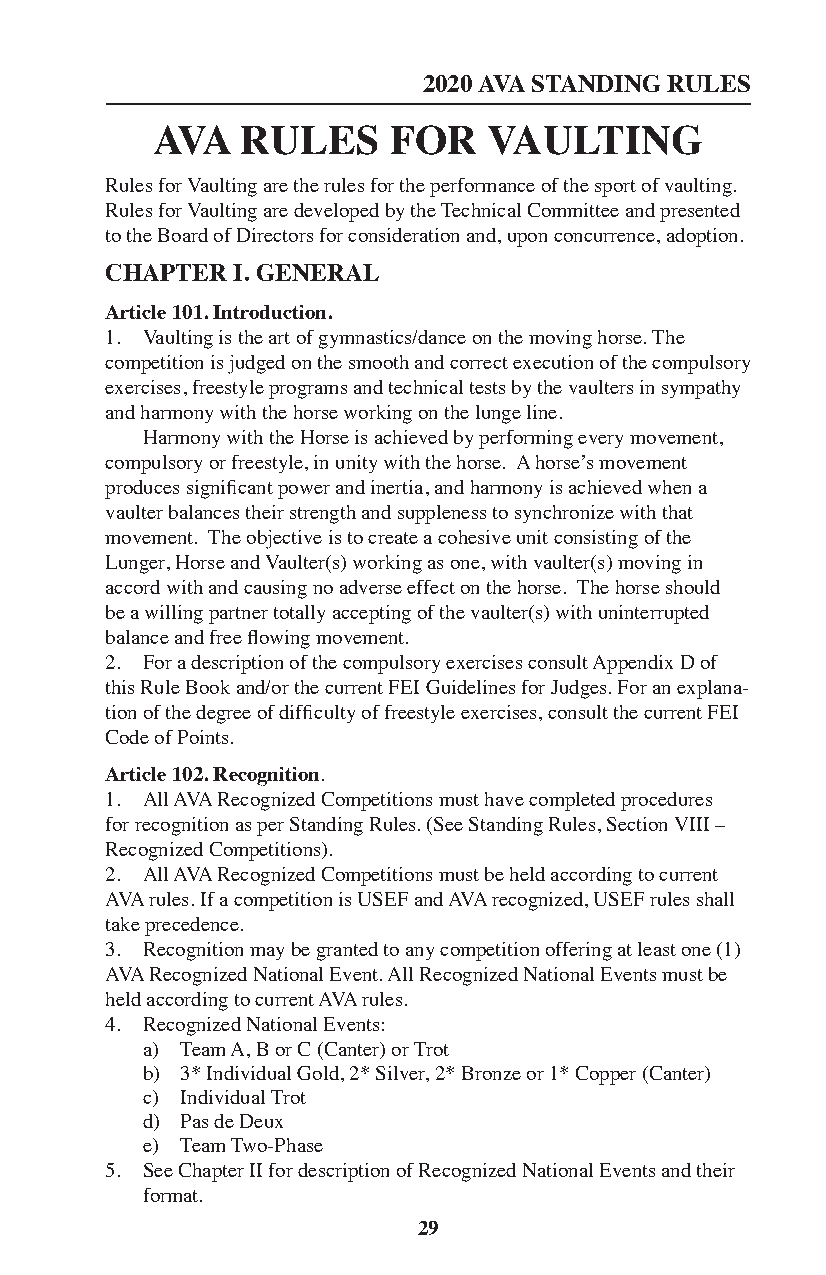
2020 AVA STANDING RULES
 AVA   RULES     FOR   VAULTING
 Rules for Vaulting are the rules for the performance of the sport of vaulting.
 Rules for Vaulting are developed by the Technical Committee and presented
 to the Board of Directors for consideration and, upon concurrence, adoption.
 CHAPTER I. GENERAL
 Article 101. Introduction.
 1. Vaulting is the art of gymnastics/dance on the moving horse. The
 competition is judged on the smooth and correct execution of the compulsory
 exercises, freestyle programs and technical tests by the vaulters in sympathy
 and harmony with the horse working on the lunge line.
 Harmony with the Horse is achieved by performing every movement,
 compulsory or freestyle, in unity with the horse. A horse’s movement
 produces significant power and inertia, and harmony is achieved when a
 vaulter balances their strength and suppleness to synchronize with that
 movement. The objective is to create a cohesive unit consisting of the
 Lunger, Horse and Vaulter(s) working as one, with vaulter(s) moving in
 accord with and causing no adverse effect on the horse. The horse should
 be a willing partner totally accepting of the vaulter(s) with uninterrupted
 balance and free flowing movement.
 2. For a description of the compulsory exercises consult Appendix D of
 this Rule Book and/or the current FEI Guidelines for Judges. For an explana-
 tion of the degree of difficulty of freestyle exercises, consult the current FEI
 Code of Points.
 Article 102. Recognition.
 1. All AVA Recognized Competitions must have completed procedures
 for recognition as per Standing Rules. (See Standing Rules, Section VIII –
 Recognized Competitions).
 2. All AVA Recognized Competitions must be held according to current
 AVA rules. If a competition is USEF and AVA recognized, USEF rules shall
 take precedence.
 3. Recognition may be granted to any competition offering at least one (1)
 AVA Recognized National Event. All Recognized National Events must be
 held according to current AVA rules.
 4. Recognized National Events:
 a) Team A, B or C (Canter) or Trot
 b) 3* Individual Gold, 2* Silver, 2* Bronze or 1* Copper (Canter)
 c) Individual Trot
 d) Pas de Deux
 e) Team Two-Phase
 5. See Chapter II for description of Recognized National Events and their
 format.
 29